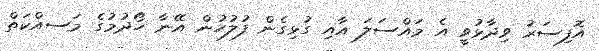
އޮފިސަރު ވިދާޅުވީ އެ މައްސަލަ އާއި ގުޅިގެން ފުލުހުން އޭނާ ހޯދުމުގެ މަސއްކަތް